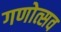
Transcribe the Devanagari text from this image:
गणोत्सव